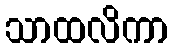
သာထလိကာ